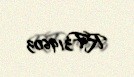
RF319603